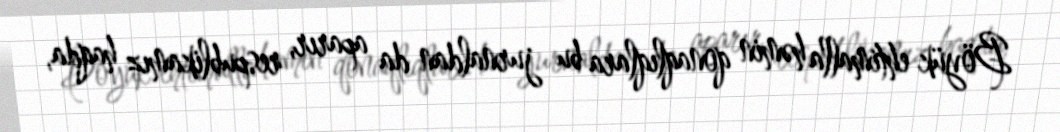
Böyük ehtimalla həmin qonaqlıqlara bu jurnaldan da aparır, respublikamız haqda,